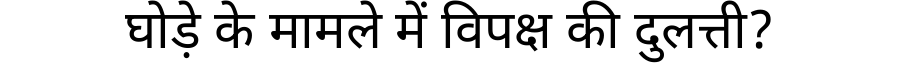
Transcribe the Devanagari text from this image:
घोड़े के मामले में विपक्ष की दुलत्ती?